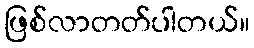
ဖြစ်လာတတ်ပါတယ်။